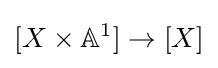
[X\times \mathbb {A} ^{1}]\to [X]